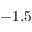
- 1 . 5